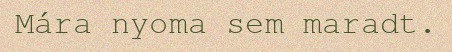
Mára nyoma sem maradt.